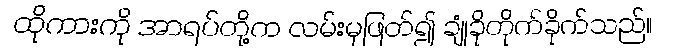
ထိုကားကို အာရပ်တို့က လမ်းမှဖြတ်၍ ချုံခိုတိုက်ခိုက်သည်။